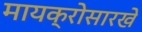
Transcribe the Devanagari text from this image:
मायक्रोसारखे